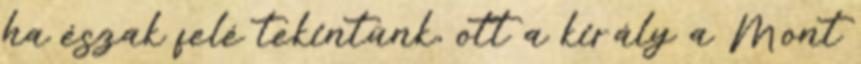
ha észak felé tekintünk, ott a király a Mont